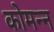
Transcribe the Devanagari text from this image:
कोमन्न